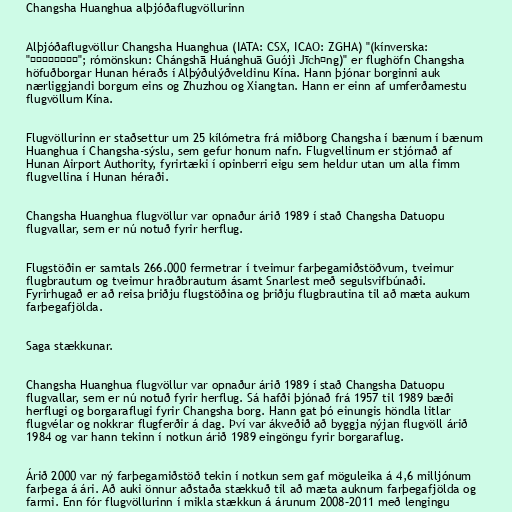
Changsha Huanghua alþjóðaflugvöllurinn

Alþjóðaflugvöllur Changsha Huanghua (IATA: CSX, ICAO: ZGHA) "(kínverska:
"長沙黃花國際機場"; rómönskun: Chángshā Huánghuā Guójì Jīchǎng)" er flughöfn Changsha
höfuðborgar Hunan héraðs í Alþýðulýðveldinu Kína. Hann þjónar borginni auk
nærliggjandi borgum eins og Zhuzhou og Xiangtan. Hann er einn af umferðamestu
flugvöllum Kína.

Flugvöllurinn er staðsettur um 25 kílómetra frá miðborg Changsha í bænum í bænum
Huanghua í Changsha-sýslu, sem gefur honum nafn. Flugvellinum er stjórnað af
Hunan Airport Authority, fyrirtæki í opinberri eigu sem heldur utan um alla fimm
flugvellina í Hunan héraði.

Changsha Huanghua flugvöllur var opnaður árið 1989 í stað Changsha Datuopu
flugvallar, sem er nú notuð fyrir herflug.

Flugstöðin er samtals 266.000 fermetrar í tveimur farþegamiðstöðvum, tveimur
flugbrautum og tveimur hraðbrautum ásamt Snarlest með segulsvifbúnaði.
Fyrirhugað er að reisa þriðju flugstöðina og þriðju flugbrautina til að mæta aukum
farþegafjölda.

Saga stækkunar.

Changsha Huanghua flugvöllur var opnaður árið 1989 í stað Changsha Datuopu
flugvallar, sem er nú notuð fyrir herflug. Sá hafði þjónað frá 1957 til 1989 bæði
herflugi og borgaraflugi fyrir Changsha borg. Hann gat þó einungis höndla litlar
flugvélar og nokkrar flugferðir á dag. Því var ákveðið að byggja nýjan flugvöll árið
1984 og var hann tekinn í notkun árið 1989 eingöngu fyrir borgaraflug.

Árið 2000 var ný farþegamiðstöð tekin í notkun sem gaf möguleika á 4,6 milljónum
farþega á ári. Að auki önnur aðstaða stækkuð til að mæta auknum farþegafjölda og
farmi. Enn fór flugvöllurinn í mikla stækkun á árunum 2008–2011 með lengingu